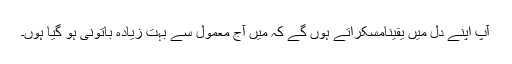
آپ اپنے دل میں یقیناًمسکراتے ہوں گے کہ میں آج معمول سے بہت زیادہ باتونی ہو گیا ہُوں۔